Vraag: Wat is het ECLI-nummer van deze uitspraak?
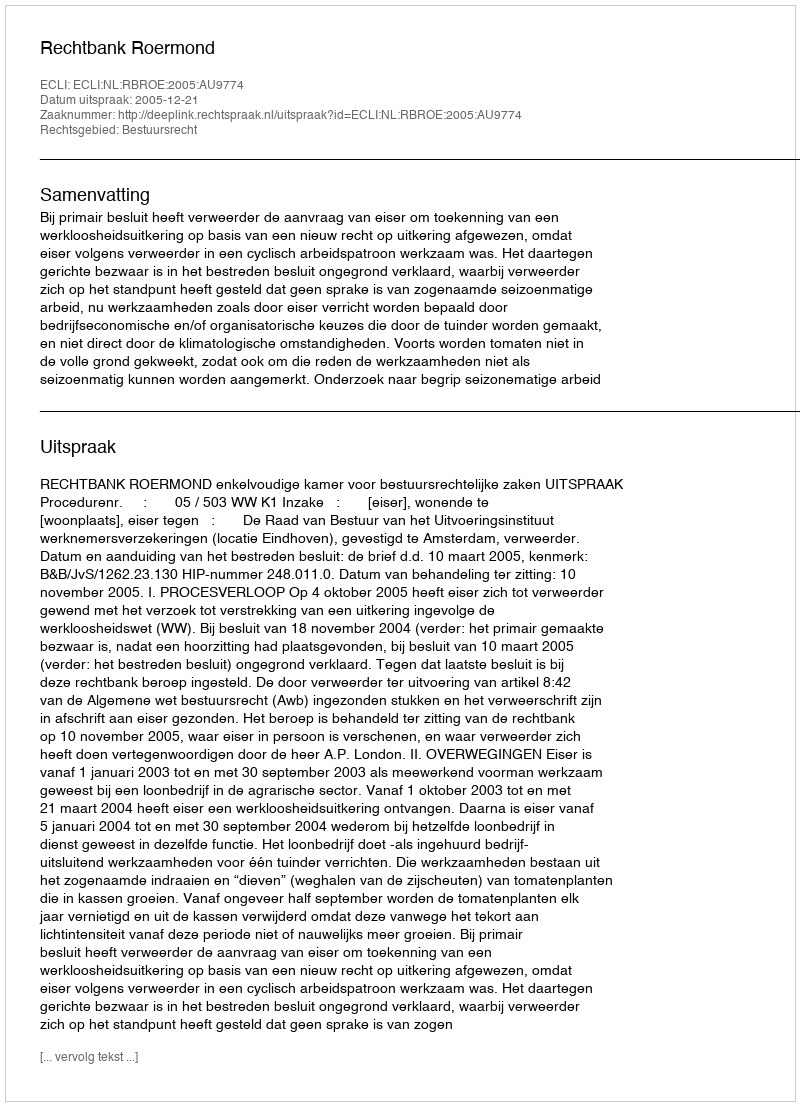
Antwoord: ECLI:NL:RBROE:2005:AU9774